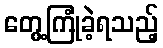
တွေ့ကြုံခဲ့ရသည့်